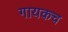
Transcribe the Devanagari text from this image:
गायकच